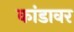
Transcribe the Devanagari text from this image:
कांडावर